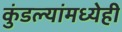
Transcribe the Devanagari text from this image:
कुंडल्यांमध्येही